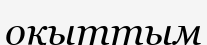
оқыттым